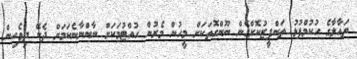
ތައާލާގެ ހުކުމްފުޅު ތަންފީޒުކޮށްގެން ނޫންގޮތަކަށް މީހުން މެރުން ހުއްޓުމަކަށް ނާންނާނެކަމަށް ދެކޭ ދިވެހިން